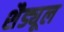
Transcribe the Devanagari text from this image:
शैड्यूल